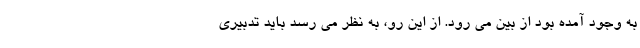
به وجود آمده بود از بین می رود. از این رو، به نظر می رسد باید تدبیری